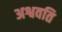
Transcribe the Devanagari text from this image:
अश्ववति